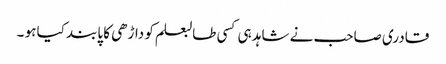
قادری صاحب نے شاہد ہی کسی طالبعلم کو داڑھی کا پابند کیا ہو ۔